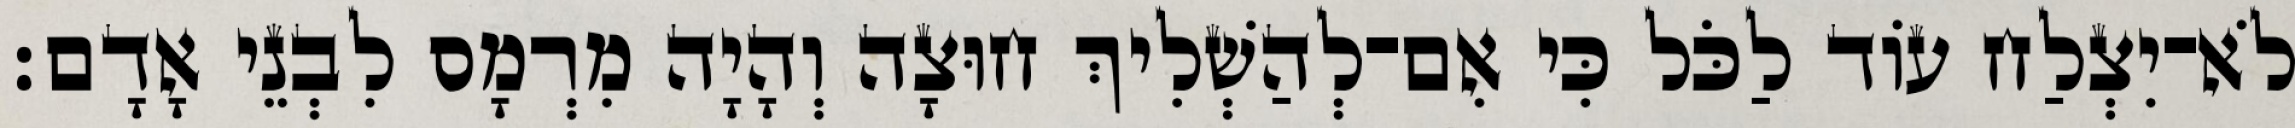
לֹא־יִצְלַח עוֹד לַכֹּל כִּי אִם־לְהַשְׁלִיךְ חוּצָה וְהָיָה מִרְמָס לִבְנֵי אָדָם׃